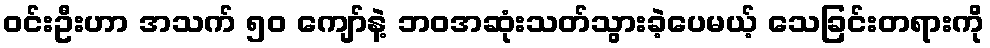
ဝင်းဦးဟာ အသက် ၅၀ ကျော်နဲ့ ဘဝအဆုံးသတ်သွားခဲ့ပေမယ့် သေခြင်းတရားကို